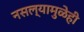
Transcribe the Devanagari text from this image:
नसल्यामुळेही